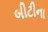
બીટીના